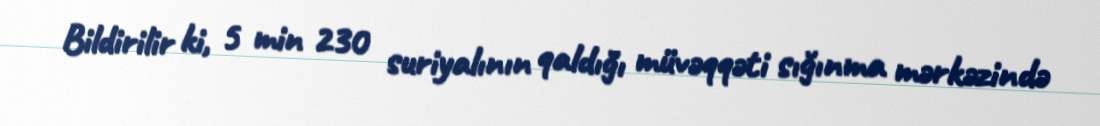
Bildirilir ki, 5 min 230 suriyalının qaldığı müvəqqəti sığınma mərkəzində